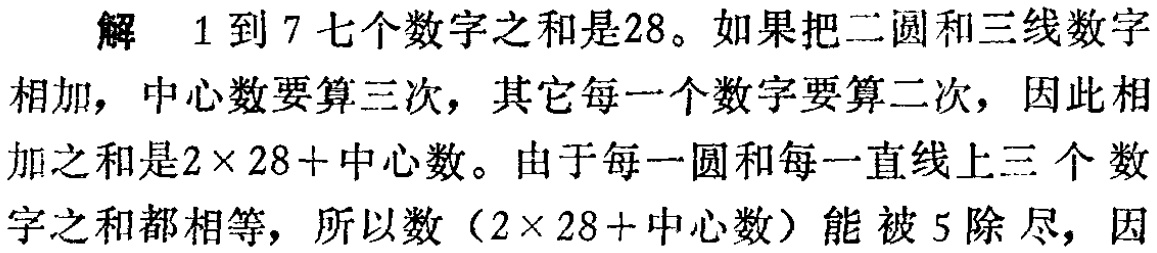
解 1到7七个数字之和是28。如果把二圆和三线数字

相加，中心数要算三次，其它每一个数字要算二次，因此相

加之和是\(2\times 28 +\)中心数。由于每一圆和每一直线上三个数

字之和都相等，所以数（\(2\times 28+\)中心数）能被5除尽，因